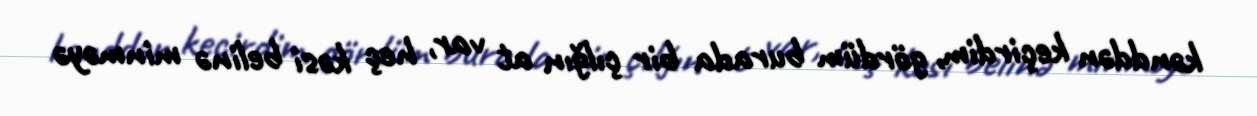
kənddən keçirdim, gördüm burada bir çılğın at var, heç kəsi belinə minməyə